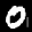
Label: 0